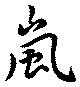
嵐